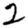
Digit: 2